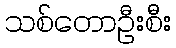
သစ်တောဦးစီး